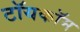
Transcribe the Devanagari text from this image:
टॉयकॉम